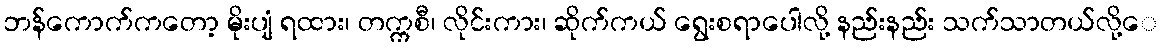
ဘန်ကောက်ကတော့ မိုးပျံ ရထား၊ တက္ကစီ၊ လိုင်းကား၊ ဆိုက်ကယ် ရွေးစရာပေါလို့ နည်းနည်း သက်သာတယ်လို့ေ